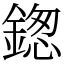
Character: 鍯